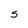
Character: 5